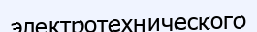
электротехнического